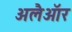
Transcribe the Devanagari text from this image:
अलैऑर